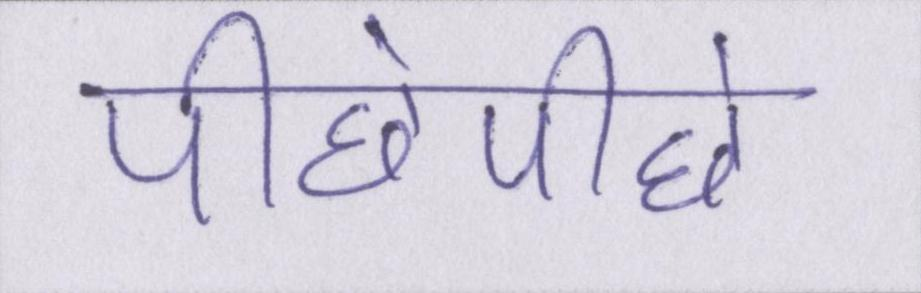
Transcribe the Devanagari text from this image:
पीछेपीछे